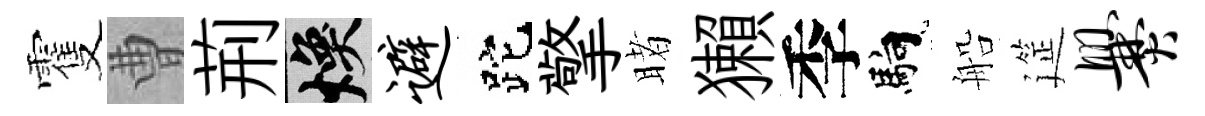
䨥曹荊焕避跎擎睹獺季馿船筵爨